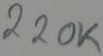
Text: 220K